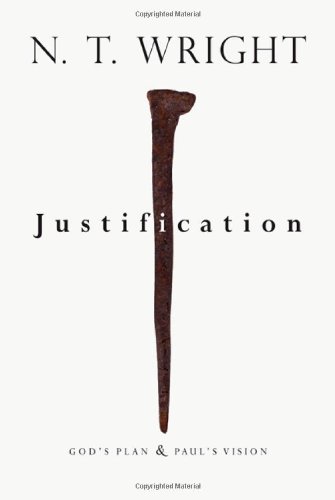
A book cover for Justification: God's Plan  Paul's Vision; N. T. Wright; Christian Books & Bibles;